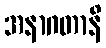
အနာဂတာနိ